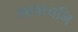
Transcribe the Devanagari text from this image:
भावध्वनि